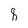
Character: 8